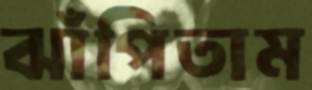
ঝাঁপিতাম